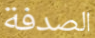
الصدفة